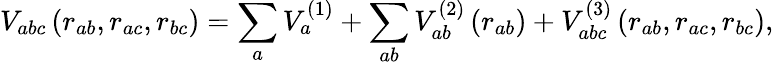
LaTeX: V_{abc}\left(r_{ab},r_{ac},r_{bc}\right)=\sum_{a}V_{a}^{(1)}+\sum_{ab}V_{ab}^{(2)}\left(r_{ab}\right)+V_{abc}^{(3)}\left(r_{ab},r_{ac},r_{bc}\right),